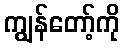
ကျွန်တော့်ကို